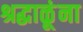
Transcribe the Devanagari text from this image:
श्रद्धाळूंना